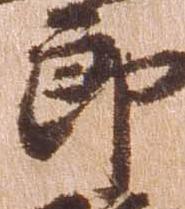
郎